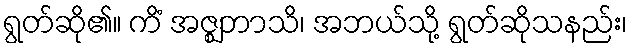
ရွတ်ဆို၏။ ကိံ အဇ္ဈဘာသိ၊ အဘယ်သို့ ရွတ်ဆိုသနည်း၊